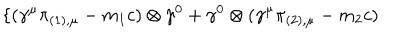
\{ ( { \gamma } ^ { \mu } { \pi } _ { ( 1 ) , \mu } - m _ { 1 } c ) \otimes { \gamma } ^ { 0 } + { \gamma } ^ { 0 } \otimes ( { \gamma } ^ { \mu } { \pi } _ { ( 2 ) , \mu } - m _ { 2 } c )